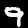
Label: 9